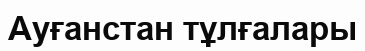
Ауғанстан тұлғалары